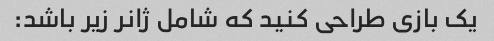
یک بازی طراحی کنید که شامل ژانر زیر باشد: